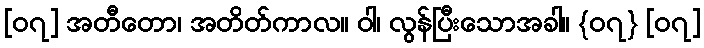
[၀၇] အတီတော၊ အတိတ်ကာလ။ ဝါ၊ လွန်ပြီးသောအခါ။ {၀၇} [၀၇]